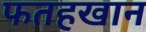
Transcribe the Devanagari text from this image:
फतहखान